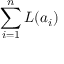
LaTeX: \sum _ { i = 1 } ^ { n } L ( a _ { i } )